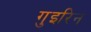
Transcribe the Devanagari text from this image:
गुइरिन